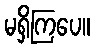
မရှိကြပေ။